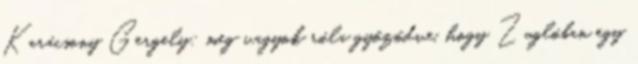
Karácsony Gergely: meg vagyok róla győződve, hogy Zuglóban egy